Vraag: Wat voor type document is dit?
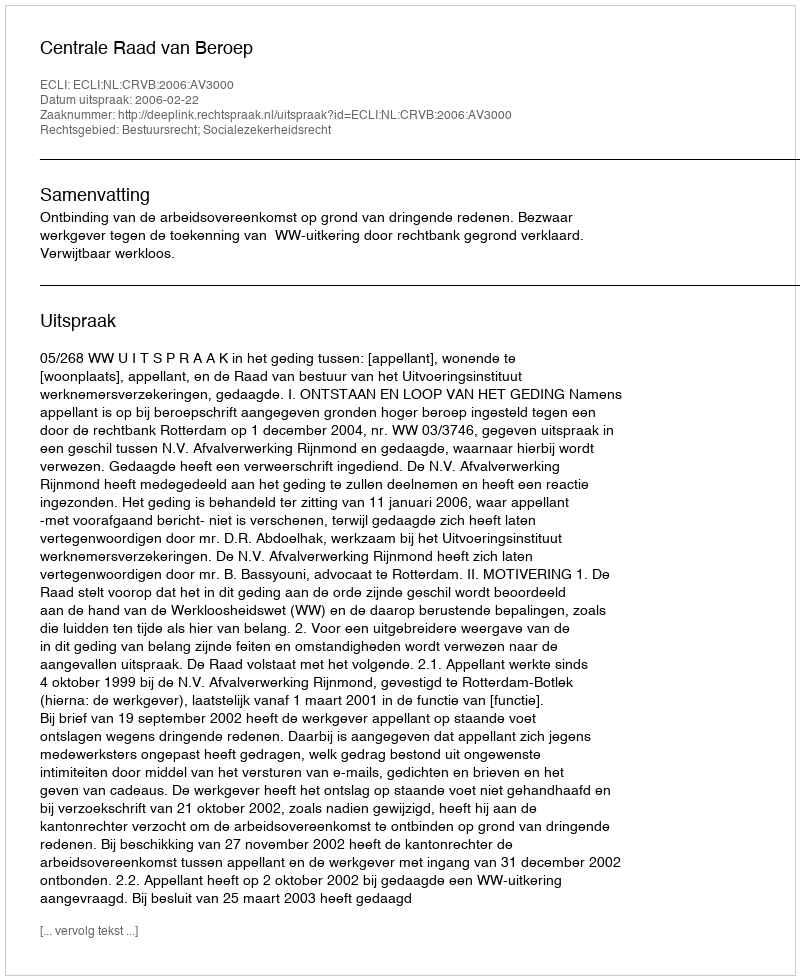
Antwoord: Uitspraak